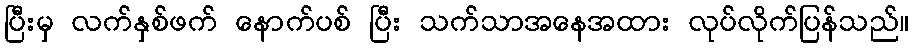
ပြီးမှ လက်နှစ်ဖက် နောက်ပစ် ပြီး သက်သာအနေအထား လုပ်လိုက်ပြန်သည်။